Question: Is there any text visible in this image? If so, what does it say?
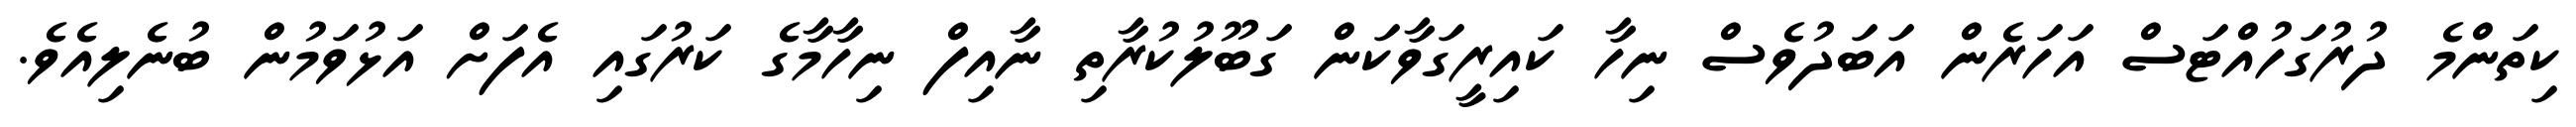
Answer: ކިތަންމެ ދުރުގަހުއްޓަސް އަހަރެން އަބަދުވެސް ނިހާ ކައިރީގަވާކަން ގަބޫލުކުރާތި ނާއިފް ނިހާމާގެ ކަރުގައި އެފަށް އަޅުވަމުން ބުނެލިއެވެ.